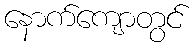
နောက်ကျောတွင်